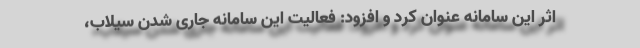
اثر این سامانه عنوان کرد و افزود: فعالیت این سامانه جاری شدن سیلاب،